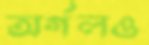
অর্গলও